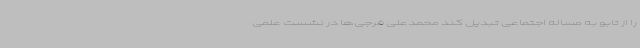
را از تابو به مساله اجتماعی تبدیل کند محمدعلی فرجی‌ها در نشست علمی